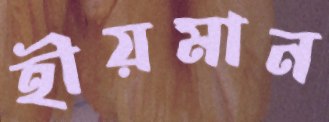
হীয়মান